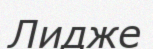
Лидже